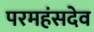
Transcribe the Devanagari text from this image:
परमहंसदेव